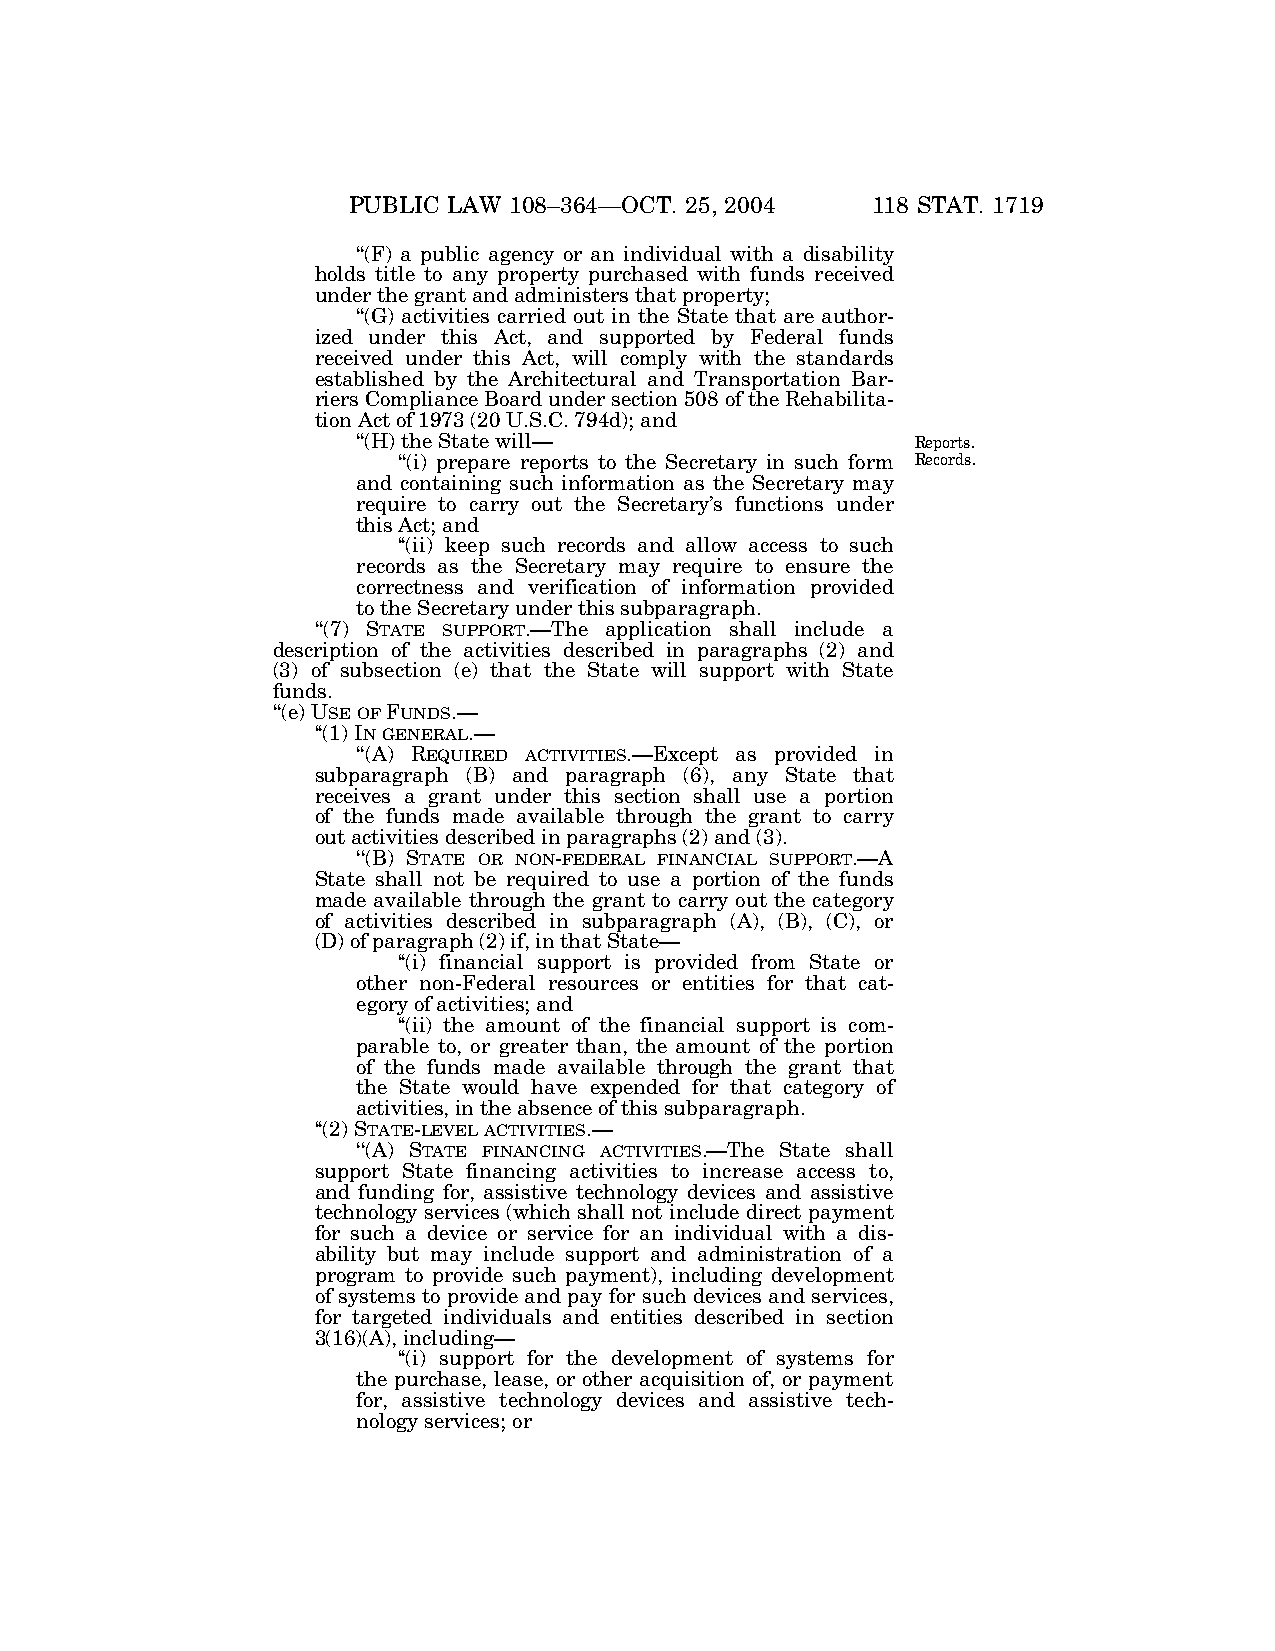
PUBLIC LAW 108–364—OCT. 25, 2004   118 STAT. 1719
 ‘‘(F) a public agency or an individual with a disability
 holds title to any property purchased with funds received
 under the grant and administers that property;
 ‘‘(G) activities carried out in the State that are author-
 ized under this Act, and supported by Federal funds
 received under this Act, will comply with the standards
 established by the Architectural and Transportation Bar-
 riers Compliance Board under section 508 of the Rehabilita-
 tion Act of 1973 (20 U.S.C. 794d); and
 ‘‘(H) the State will—                Reports.
 ‘‘(i) prepare reports to the Secretary in such form Records.
 and containing such information as the Secretary may
 require to carry out the Secretary’s functions under
 this Act; and
 ‘‘(ii) keep such records and allow access to such
 records as the Secretary may require to ensure the
 correctness and verification of information provided
 to the Secretary under this subparagraph.
 ‘‘(7) STATE SUPPORT.—The application shall include a
 description of the activities described in paragraphs (2) and
 (3) of subsection (e) that the State will support with State
 funds.
 ‘‘(e) USEOFFUNDS.—
 ‘‘(1) INGENERAL.—
 ‘‘(A) REQUIRED ACTIVITIES.—Except as provided in
 subparagraph (B) and paragraph (6), any State that
 receives a grant under this section shall use a portion
 of the funds made available through the grant to carry
 out activities described in paragraphs (2) and (3).
 ‘‘(B) STATE OR NON-FEDERAL FINANCIAL SUPPORT.—A
 State shall not be required to use a portion of the funds
 made available through the grant to carry out the category
 of activities described in subparagraph (A), (B), (C), or
 (D) of paragraph (2) if, in that State—
 ‘‘(i) financial support is provided from State or
 other non-Federal resources or entities for that cat-
 egory of activities; and
 ‘‘(ii) the amount of the financial support is com-
 parable to, or greater than, the amount of the portion
 of the funds made available through the grant that
 the State would have expended for that category of
 activities, in the absence of this subparagraph.
 ‘‘(2) STATE-LEVELACTIVITIES.—
 ‘‘(A) STATE FINANCING ACTIVITIES.—The State shall
 support State financing activities to increase access to,
 and funding for, assistive technology devices and assistive
 technology services (which shall not include direct payment
 for such a device or service for an individual with a dis-
 ability but may include support and administration of a
 program to provide such payment), including development
 of systems to provide and pay for such devices and services,
 for targeted individuals and entities described in section
 3(16)(A), including—
 ‘‘(i) support for the development of systems for
 the purchase, lease, or other acquisition of, or payment
 for, assistive technology devices and assistive tech-
 nology services; or
 VerDate 11-MAY-2000 06:49 Nov 06, 2004 Jkt 039139 PO 00364 Frm 00013 Fmt 6580 Sfmt 6581 E:\PUBLAW\PUBL364.108 BILLW PsN: PUBL364